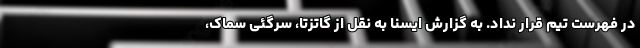
در فهرست تیم قرار نداد. به گزارش ایسنا به نقل از گاتزتا، سرگئی سماک،